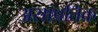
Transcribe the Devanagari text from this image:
असांप्रतिक